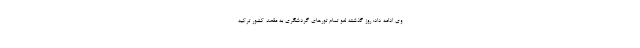
وی ادامه داد: روز گذشته لغو تمام تورهای گردشگری به مقصد کشور ترکیه